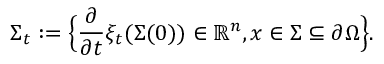
\Sigma _ { t } : = \Big \{ \frac { \partial } { \partial t } \xi _ { t } ( \Sigma ( 0 ) ) \in \mathbb { R } ^ { n } , x \in \Sigma \subseteq \partial \Omega \Big \} .